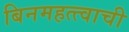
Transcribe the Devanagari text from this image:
बिनमहत्त्वाची